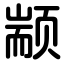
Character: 颛